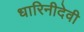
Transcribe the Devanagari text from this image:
धारिनीदेवी